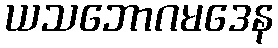
ယသဘောဂမဒေန